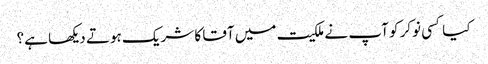
کیا کسی نوکر کو آپ نے ملکیت میں آقا کا شریک ہوتے دیکھا ہے؟